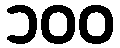
၁၀၀